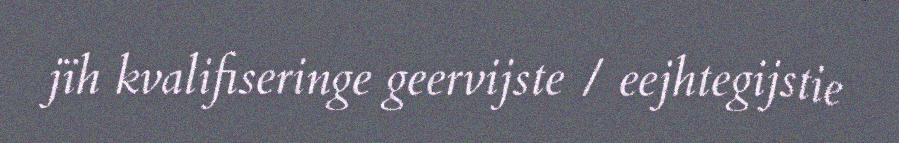
jïh kvalifiseringe geervijste / eejhtegijstie